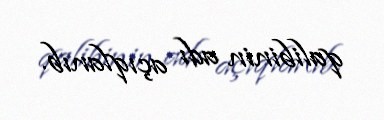
qalibinin adı açıqlanıb.